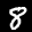
Label: 8